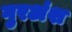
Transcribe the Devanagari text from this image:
गुरअंश